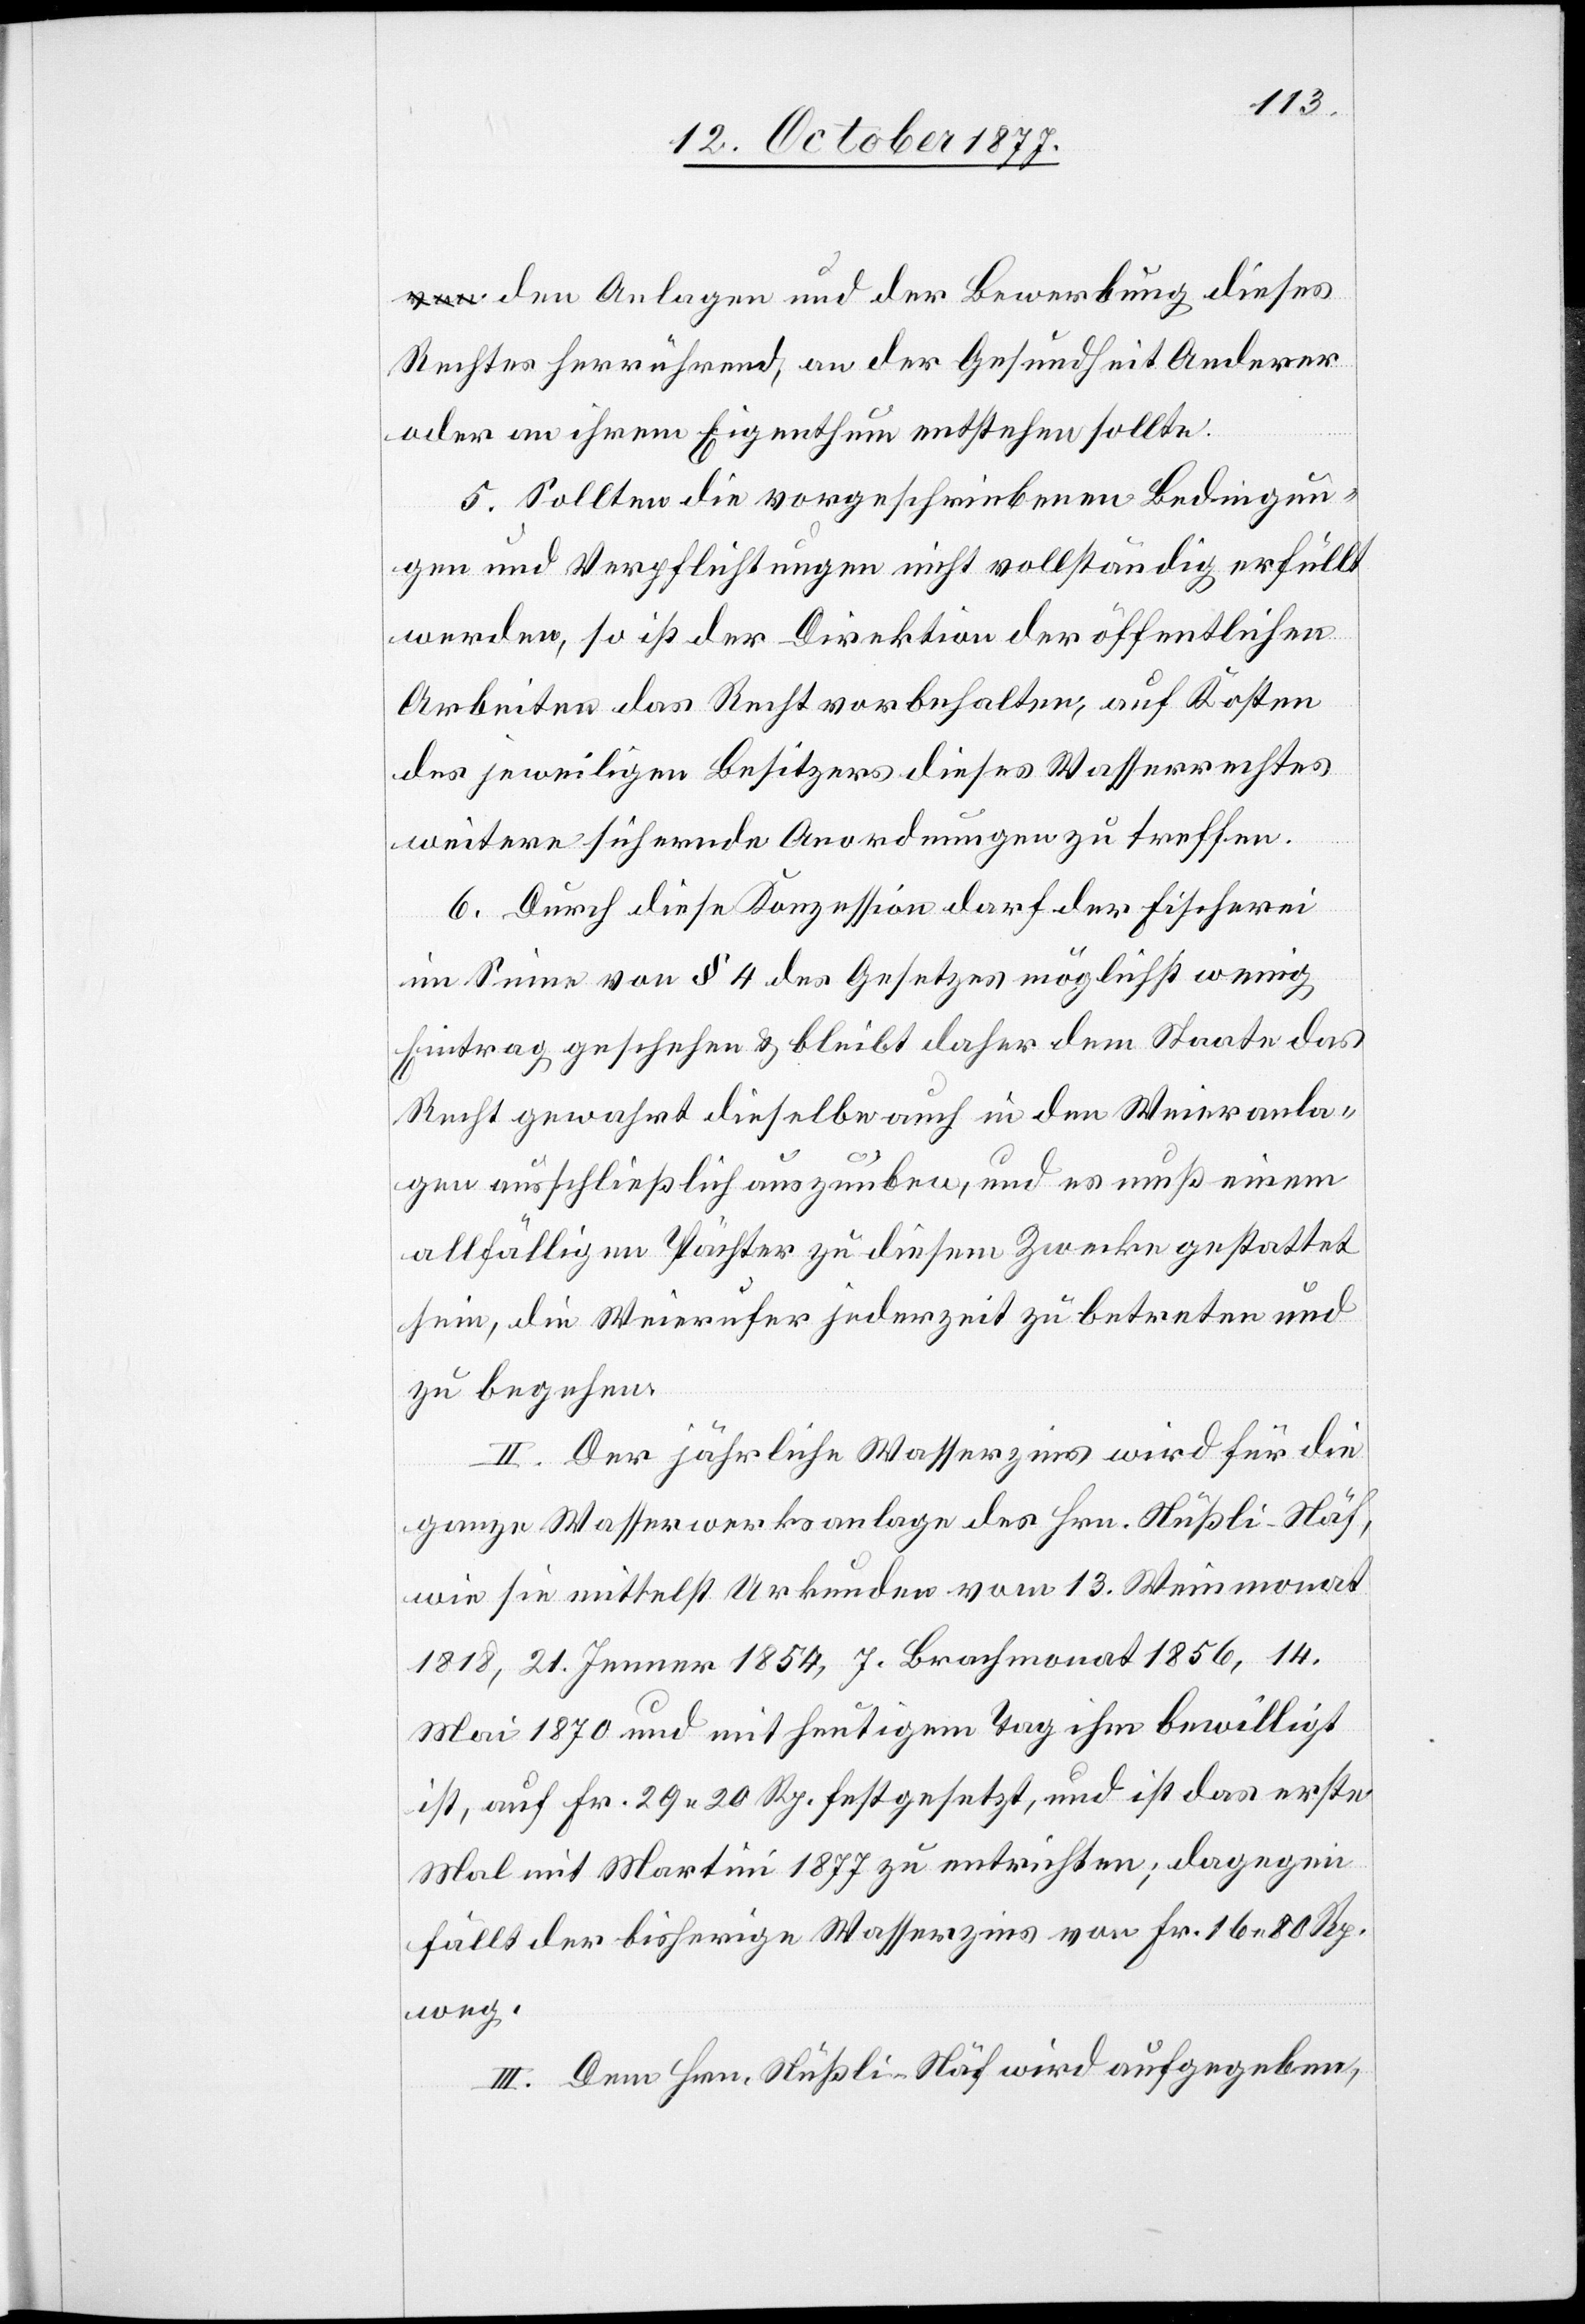
a-von-a den Anlagen und der Bewerbung dieses
Rechtes herrührend, an der Gesundheit Anderer
oder an ihrem Eigenthum entstehen sollte.
5. Sollten die vorgeschriebenen Bedingun¬
gen und Verpflichtungen nicht vollständig erfüllt
werden, so ist der Direktion der öffentlichen
Arbeiten das Recht vorbehalten, auf Kosten
des jeweiligen Besitzers dieses Wasserrechtes
weitere sichernde Anordnungen zu treffen.
6. Durch diese Konzession darf der Fischerei
im Sinne von § 4 des Gesetzes möglichst wenig
Eintrag geschehen & bleibt daher dem Staate das
Recht gewahrt dieselbe auch in den Weieranla¬
gen ausschließlich auszuüben, und es muß einem
allfälligen Pächter zu diesem Zwecke gestattet
sein, die Weierufer jederzeit zu betreten und
zu begehen.
II. Der jährliche Wasserzins wird für die
ganze Wasserwerksanlage des Hrn. Nüßli-Näf,
wie sie mittelst Urkunden vom 13. Weinmonat
1818, 21. Jenner 1854, 7. Brachmonat 1856, 14.
Mai 1870 und mit heutigem Tag ihm bewilligt
ist, auf Fr. 29 20 Rp. festgesetzt, und ist das erste
Mal mit Martini 1877 zu entrichten; dagegen
fällt der bisherige Wasserzins von Fr. 16 80 Rp.
weg.
III. Dem Hrn. Nüßli-Näf wird aufgegeben,